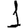
Digit: 1